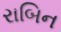
રાબિન